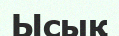
Ысық